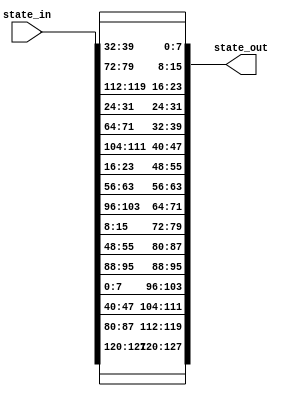
module shiftRows (
    input [127:0] state_in,
    output [127:0] state_out
);
wire [31:0] w0,w1,w2,w3,ws0,ws1,ws2,ws3;
     assign w0 = state_in[127 : 96];
     assign w1 = state_in[95 : 64];
     assign w2 = state_in[63 : 32];
     assign w3 = state_in[31 : 0];

     assign ws0 = {w0[31 : 24], w1[23 : 16], w2[15 : 8], w3[07 : 0]};
     assign ws1 = {w1[31 : 24], w2[23 : 16], w3[15 : 8], w0[07 : 0]};
     assign ws2 = {w2[31 : 24], w3[23 : 16], w0[15 : 8], w1[07 : 0]};
     assign ws3 = {w3[31 : 24], w0[23 : 16], w1[15 : 8], w2[07 : 0]};

    assign state_out = {ws0, ws1, ws2, ws3}; 

endmodule

module shiftRows_tb ();
    reg [127:0] state;
    wire [127:0] out;
    shiftRows DUT(.state_in(state),
                  .state_out(out)
                  );
    initial begin
        state = 128'h11246800389a40d2d9f401dae7fdc50d;
    end
endmodule